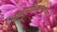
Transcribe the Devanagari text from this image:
नौसेनाधिकाऱ्यांच्या